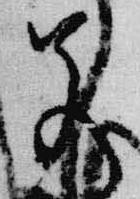
若